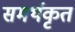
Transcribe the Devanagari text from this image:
समर्थकृत